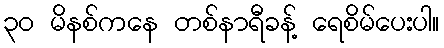
၃ဝ မိနစ်ကနေ တစ်နာရီခန့် ရေစိမ်ပေးပါ။